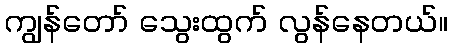
ကျွန်တော် သွေးထွက် လွန်နေတယ်။